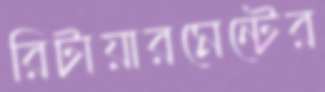
রিটায়ারমেন্টের